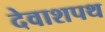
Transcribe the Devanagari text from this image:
देवाशपथ